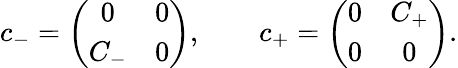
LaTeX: c_{-}=\left(\begin{array}{cc}{{0}}&{{0}}\\ {{C_{-}}}&{{0}}\end{array}\right),\qquad c_{+}=\left(\begin{array}{cc}{{0}}&{{C_{+}}}\\ {{0}}&{{0}}\end{array}\right).